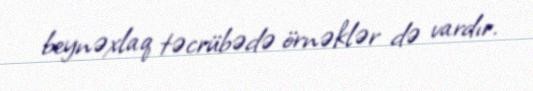
beynəxlaq təcrübədə örnəklər də vardır.